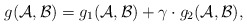
\begin{align*} g({\cal A}, {\cal B})=g_1({\cal A}, {\cal B})+\gamma \cdot g_2({\cal A}, {\cal B}),\end{align*}